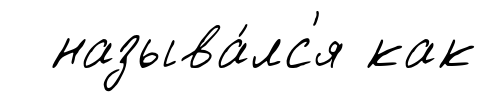
называ́лс'я как